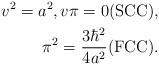
LaTeX: \begin{align*}v^2=a^2, v \pi=0 \mbox{(SCC)}, \\\pi^2 = \frac{3\hbar^2}{4a^2} \mbox{(FCC)}.\end{align*}